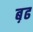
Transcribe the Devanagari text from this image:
ब़ढ